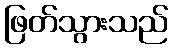
ဖြတ်သွားသည်